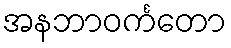
အနဘာဝင်္ကတော